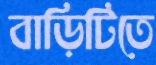
বাড়িটিতে